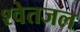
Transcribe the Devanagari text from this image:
श्वेतजल